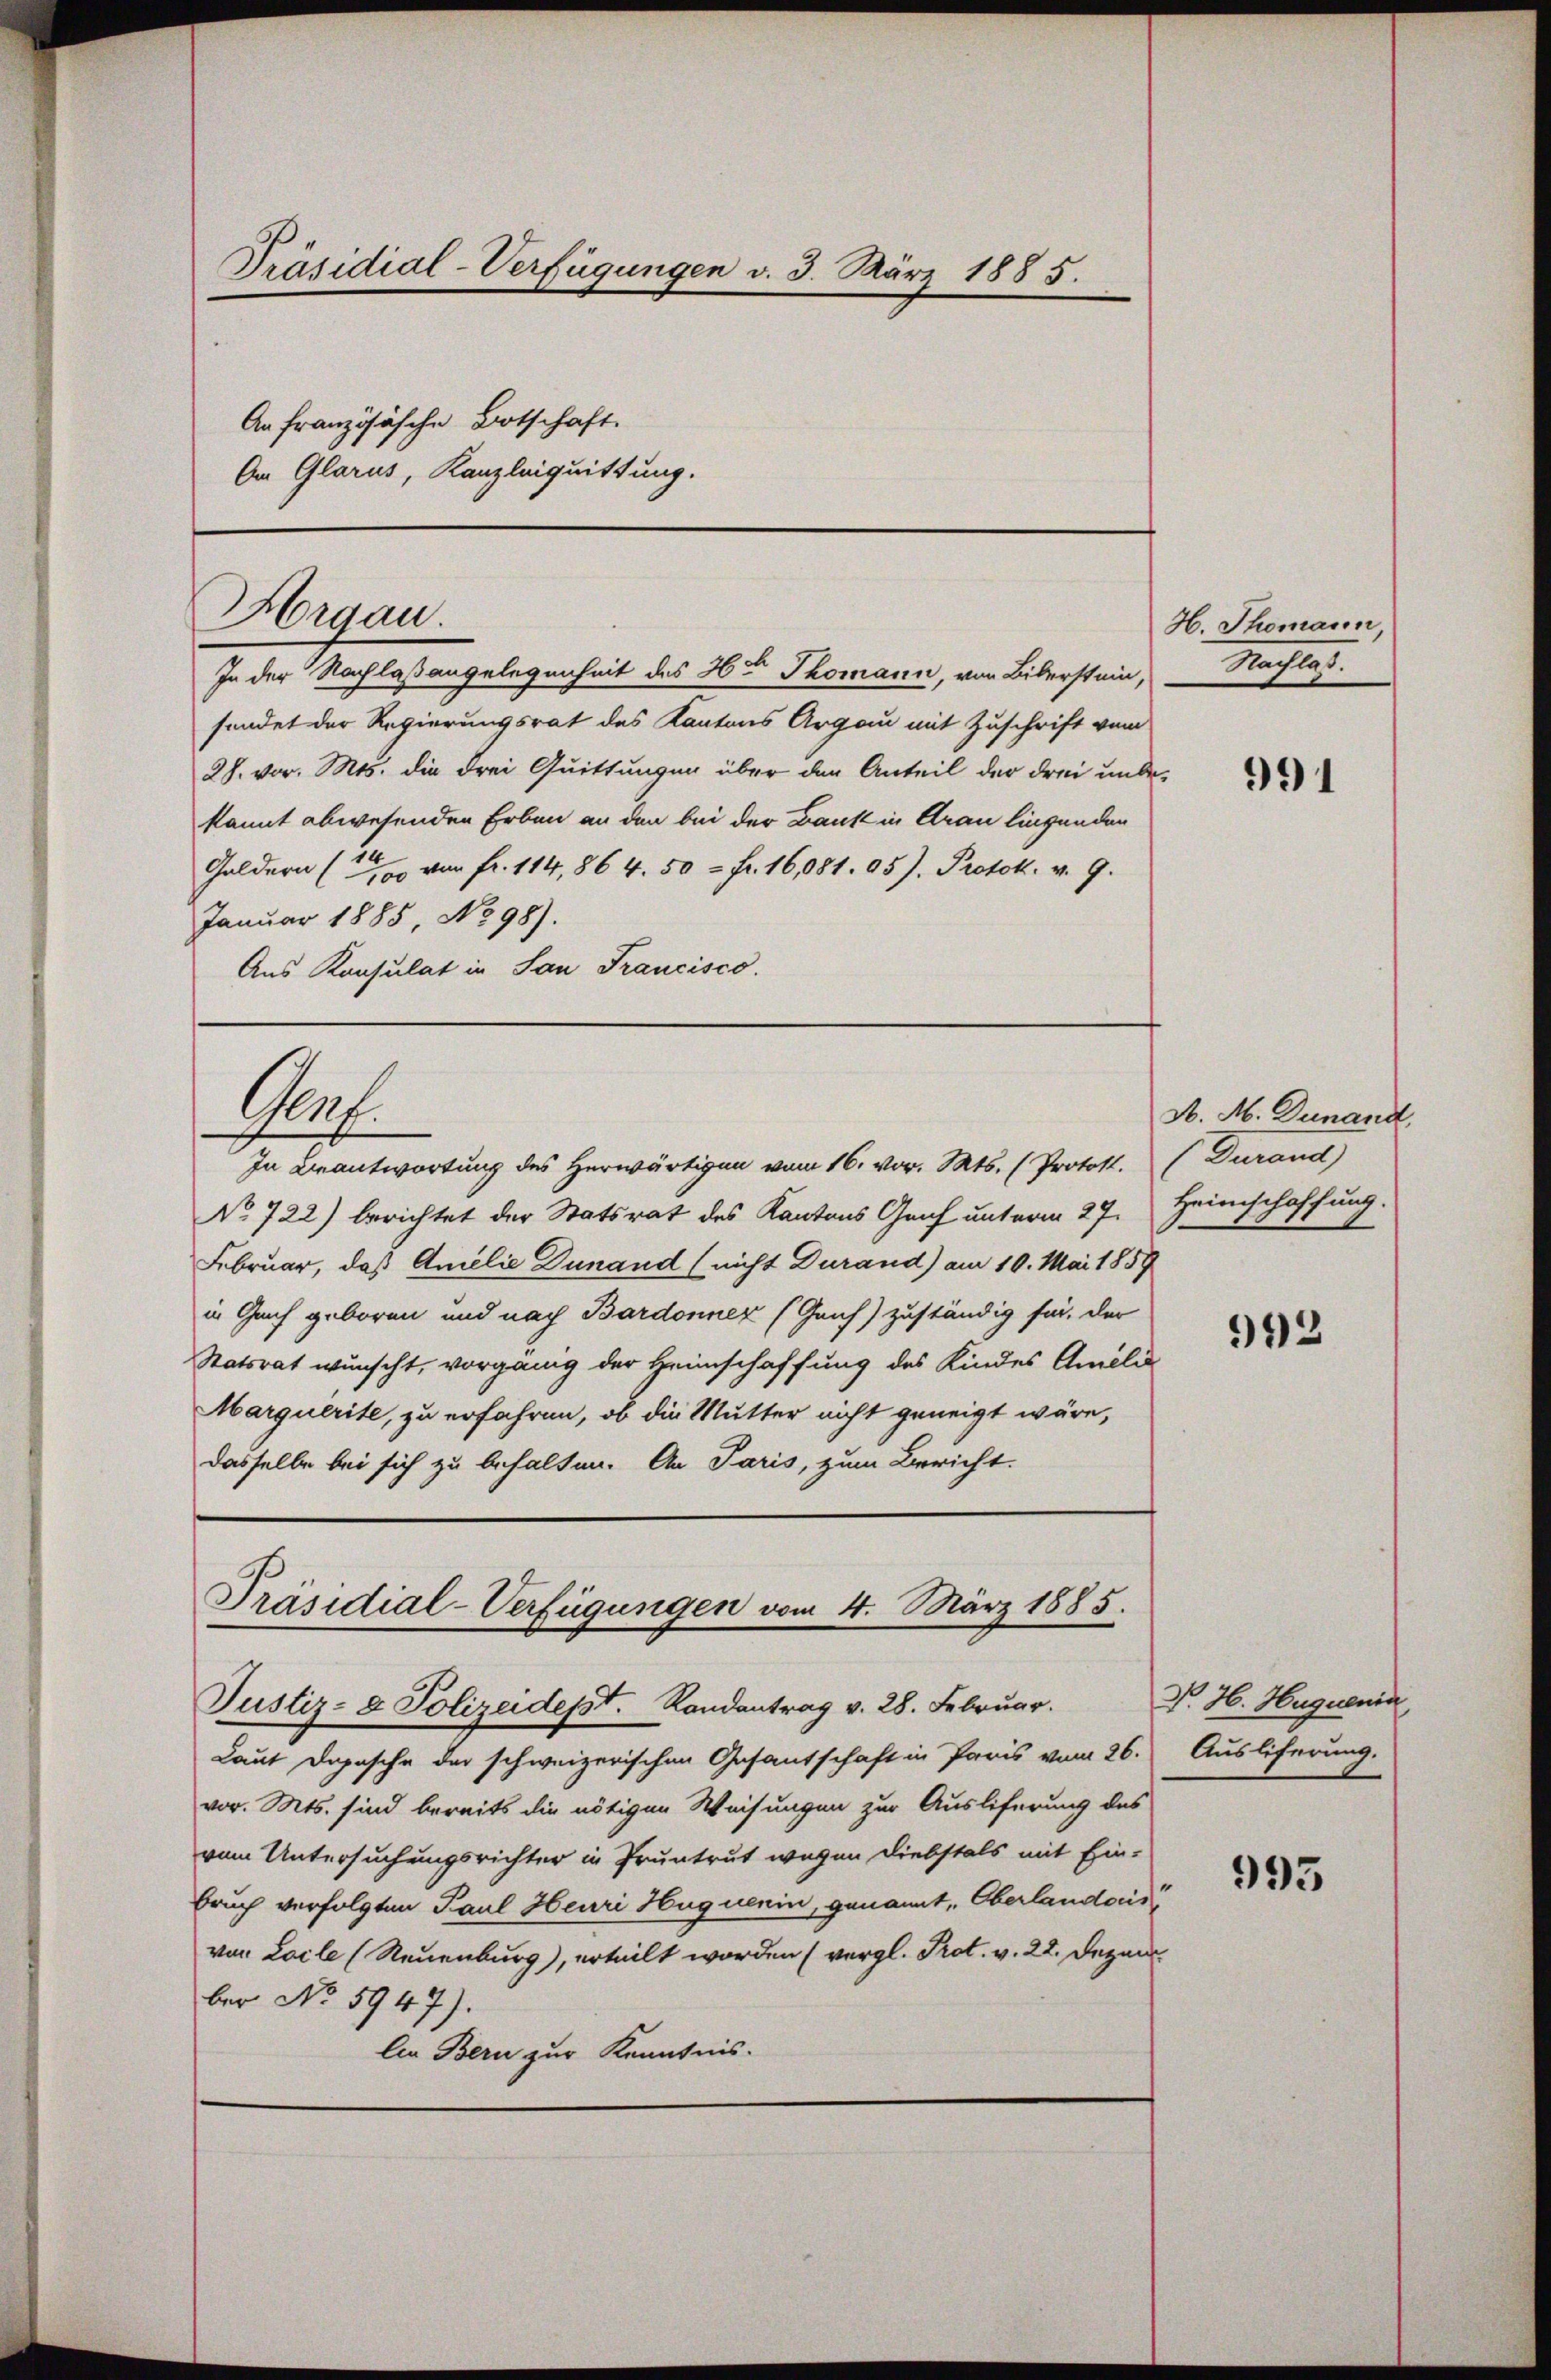
Präsidial-Verfügungen d. 3. März 1885.
An französische Botschaft.
An Glarus, Kanzleiquittung.

Argau.

Gf.

In der Nachlaßangelegenheit des Herr Thomann, von Biberstein,
sendet der Regierungsrat des Kantons Argau mit Zuschrift vom
28. vor. Mts. die drei Quittungen über den Anteil der drei unbekannt abwesenden Erben an den bei der Bank in Arau liegenden
Galdern (von Fr. 114, 864. 50 = Fr. 16,081. 05). Protok. v. 9.
Januar 1885, No 98).
Aus Konsulat in San Francisco

No 722) berichtet der Statsrat des Kantons Graf unterm 27. Heimschaffung.
Februar, daß Amilie Dunand (nicht Durand) am 10. Mai 1857
in Genf geboren und nach Bardonnez (Geih) zuständig für, der
Statsrat wunscht, vorgänig der Heimschaffung des Kindes Ameli
Marquerite, zu erfahren, ob die Mutter nicht geneigt wäre,
dasselbe bei sich zu behalten. An Paris, zum Bericht.

In Beantwortung des Herwärtigen vom 16. vor. Mts. (Protokt. (Durand

Präsidial-Verfügungen vom 4. März 1885.
Justiz- & Polizeidept. Randantrag v. 28. Februar.

Laut Dapasche der schweizerischen Gasantschaft in Paris vom 26. Ausliferung.
vor. Mts. sind bereits die nötigen Weisungen zur Ausliferung des
vom Untersuchungsrichter in Pruntrut wegen Diebstals mit Ein-
bruch verfolgten Paul Heuri Huquerin, genannt, Oberlanderis
von Loile (Neuenburg), erteilt worden (vergl. Prot. v. 22. Dezem
ber No 5947).
lia Bern zur Kenntnis.

H. Thomann,
Nachlag.

991

A. M. Dunand,

992

P. H. Huguenin

993